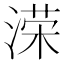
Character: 溁